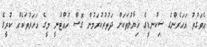
އެވަގުތު އަހަރެންގެ ސިކުނޑީގެ ޚިޔާލުތަކަށް ދަތުރުކުރަމުން ގޮސް ހުއްޓުނީ މީގެ އަހަރުތަކެއް ކުރީގެ